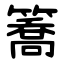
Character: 簥